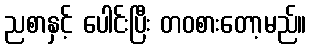
ညစာနှင့် ပေါင်းပြီး တဝစားတော့မည်။